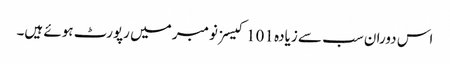
اس دوران سب سے زیادہ 101 کیسز نومبر میں رپورٹ ہوئے ہیں۔